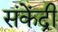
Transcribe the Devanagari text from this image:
संकेंद्री